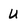
Character: U